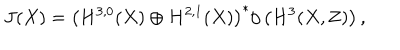
LaTeX: J ( X ) = \left( H ^ { 3 , 0 } ( X ) \oplus H ^ { 2 , 1 } ( X ) \right) ^ { * } / \left( H ^ { 3 } ( X , \mathbf { Z } ) \right) ,